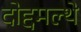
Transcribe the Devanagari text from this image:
दोद्दमल्थे